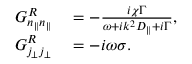
\begin{array} { r l } { G _ { n _ { \| } n _ { \| } } ^ { R } } & { { } = - \frac { i \chi \Gamma } { \omega + i k ^ { 2 } D _ { \| } + i \Gamma } , } \\ { G _ { j _ { \perp } j _ { \perp } } ^ { R } } & { { } = - i \omega \sigma . } \end{array}